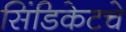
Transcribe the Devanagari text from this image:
सिंडिकेटचे